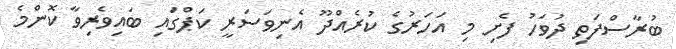
ބުރާސްފަތި ދުވަހު ފެށި މި އަހަރުގެ ކުރެއްދޫ އެނިވަސަރީ ކަޕްގައި ބައިވެރިވާ ކޮންމެ